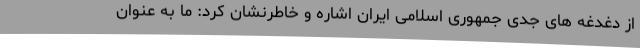
از دغدغه های جدی جمهوری اسلامی ایران اشاره و خاطرنشان کرد: ما به عنوان